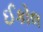
ઈકોલ